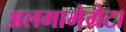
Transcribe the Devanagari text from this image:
अलमामेग्रेटा